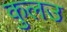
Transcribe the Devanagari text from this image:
कुलउ